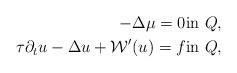
LaTeX: \begin{align*} - \Delta \mu =0\mbox{in } Q,\\\tau \partial _t u - \Delta u +{\mathcal W}' (u) = f\mbox{in } Q,\end{align*}